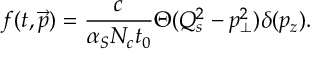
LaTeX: f ( t , \vec { p } ) = \frac { c } { \alpha _ { S } N _ { c } t _ { 0 } } \Theta ( Q _ { s } ^ { 2 } - p _ { \bot } ^ { 2 } ) \delta ( p _ { z } ) .